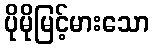
ပိုမိုမြင့်မားသော